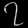
Digit: ၇